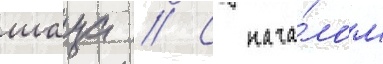
шаца // С нача́лом